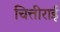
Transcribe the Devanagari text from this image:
चित्तीराई